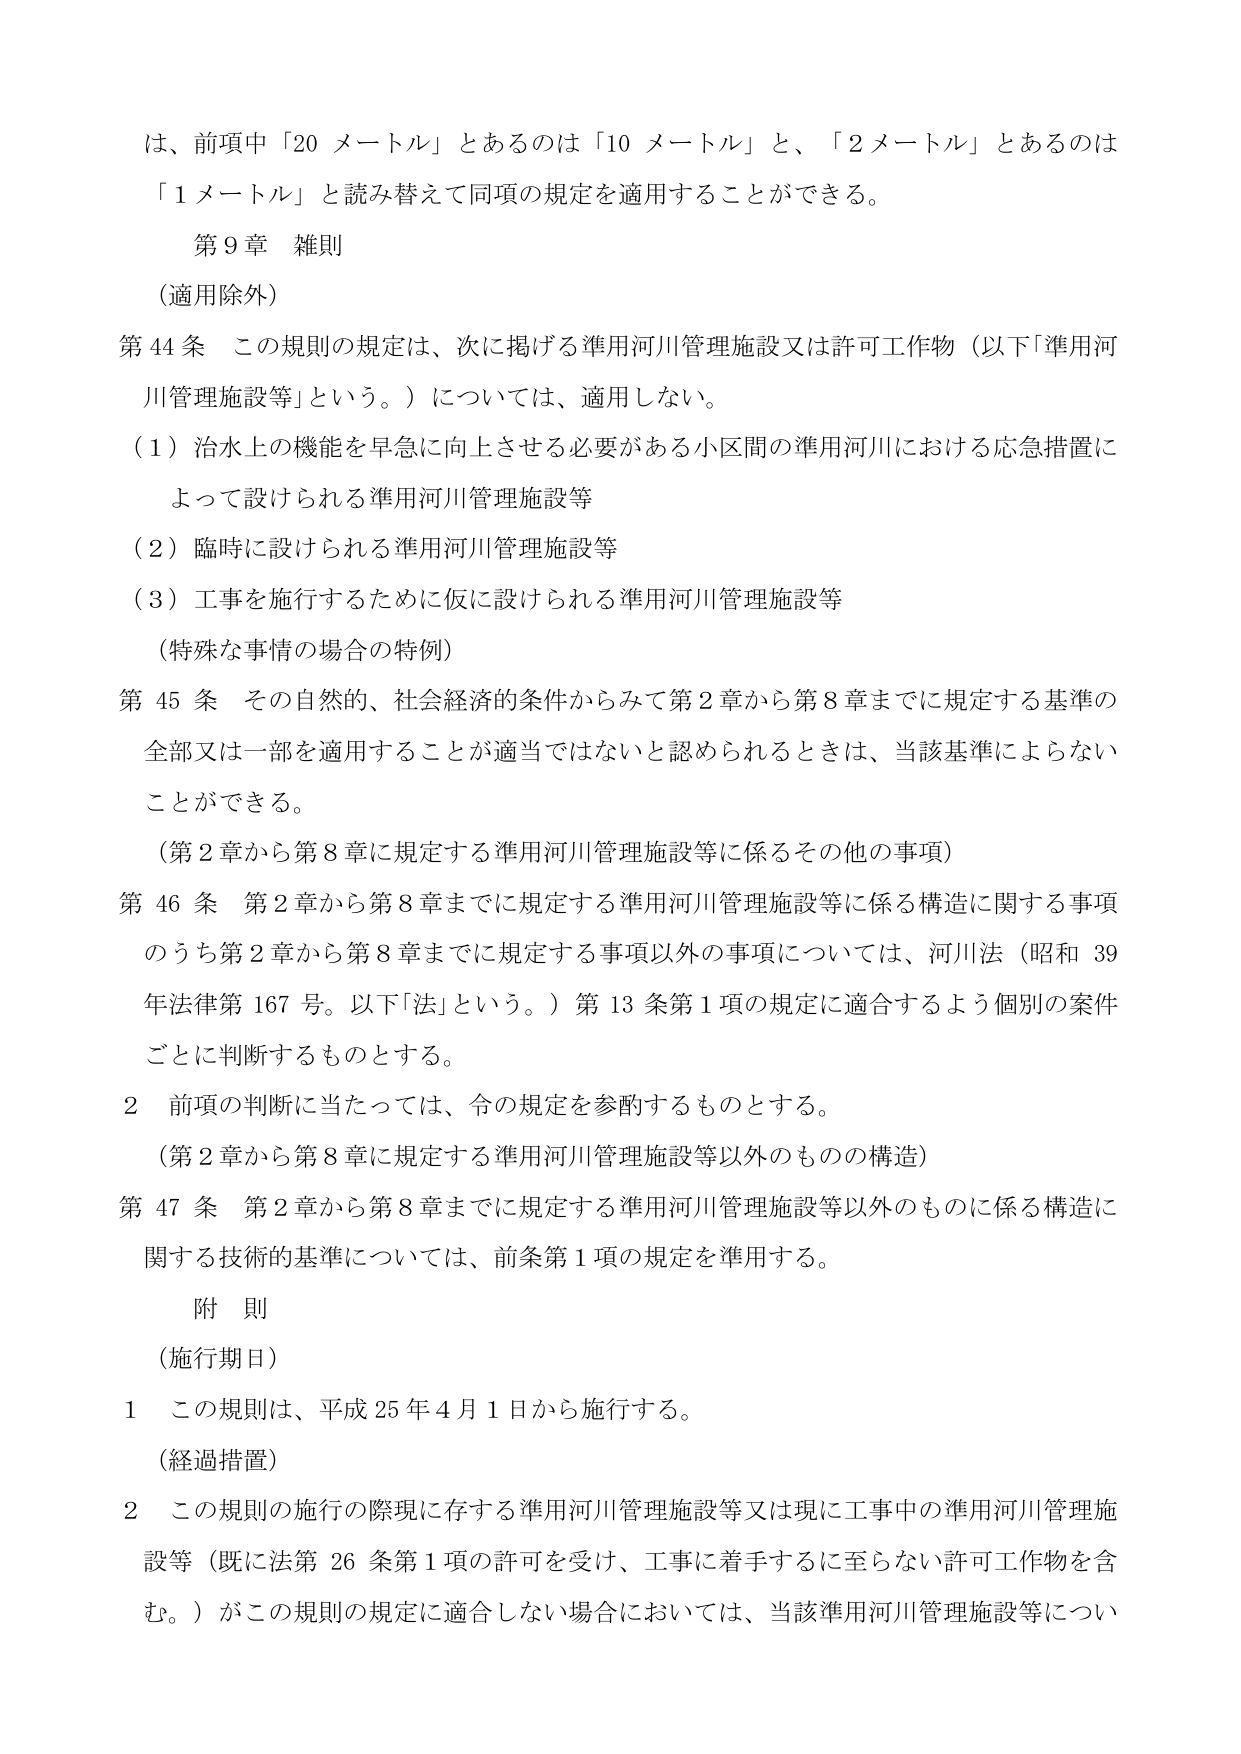
は、前項中「20 メートル」とあるのは「10 メートル」と、「2 メートル」とあるのは「1 メートル」と読み替えて同項の規定を適用することができる。

第9章 雑則

（適用除外）

第44条 この規則の規定は、次に掲げる準用河川管理施設又は許可工作物（以下「準用河川管理施設等」という。）については、適用しない。

（1）治水上の機能を早急に向上させる必要がある小区間の準用河川における応急措置によって設けられる準用河川管理施設等

（2）臨時に設けられる準用河川管理施設等

（3）工事を施行するために仮に設けられる準用河川管理施設等

（特殊な事情の場合の特例）

第45条 その自然的、社会経済的条件からみて第2章から第8章までに規定する基準の全部又は一部を適用することが適当ではないと認められるときは、当該基準によらないことができる。

（第2章から第8章に規定する準用河川管理施設等に係るその他の事項）

第46条 第2章から第8章までに規定する準用河川管理施設等に係る構造に関する事項のうち第2章から第8章までに規定する事項以外の事項については、河川法（昭和39年法律第167号。以下「法」という。）第13条第1項の規定に適合するよう個別の案件ごとに判断するものとする。

2 前項の判断に当たっては、令の規定を参酌するものとする。

（第2章から第8章に規定する準用河川管理施設等以外のものの構造）

第47条 第2章から第8章までに規定する準用河川管理施設等以外のものに係る構造に関する技術的基準については、前条第1項の規定を準用する。

附 則

（施行期日）

1 この規則は、平成25年4月1日から施行する。

（経過措置）

2 この規則の施行の際現に存する準用河川管理施設等又は現に工事中の準用河川管理施設等（既に法第26条第1項の許可を受け、工事に着手するに至らない許可工作物を含む。）がこの規則の規定に適合しない場合においては、当該準用河川管理施設等について